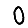
Digit: 0